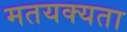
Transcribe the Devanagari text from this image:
मतयक्यता